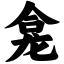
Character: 龛